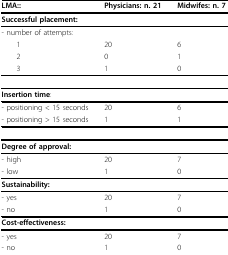
<table><thead><tr><td><b>LMA::</b></td><td><b>Physicians: n. 21</b></td><td><b>Midwifes: n. 7</b></td></tr></thead><tbody><tr><td><b>Successful placement:</b></td><td></td><td></td></tr><tr><td>- number of attempts:</td><td></td><td></td></tr><tr><td> 1</td><td>20</td><td>6</td></tr><tr><td> 2</td><td>0</td><td>1</td></tr><tr><td> 3</td><td>1</td><td>0</td></tr><tr><td><b>Insertion time</b>:</td><td></td><td></td></tr><tr><td>- positioning &lt; 15 seconds</td><td>20</td><td>6</td></tr><tr><td>- positioning &gt; 15 seconds</td><td>1</td><td>1</td></tr><tr><td><b>Degree of approval:</b></td><td></td><td></td></tr><tr><td>- high</td><td>20</td><td>7</td></tr><tr><td>- low</td><td>1</td><td>0</td></tr><tr><td><b>Sustainability:</b></td><td></td><td></td></tr><tr><td>- yes</td><td>20</td><td>7</td></tr><tr><td>- no</td><td>1</td><td>0</td></tr><tr><td><b>Cost-effectiveness:</b></td><td></td><td></td></tr><tr><td>- yes</td><td>20</td><td>7</td></tr><tr><td>- no</td><td>1</td><td>0</td></tr></tbody></table>